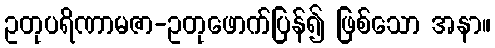
ဥတုပရိဏာမဇာ-ဥတုဖောက်ပြန်၍ ဖြစ်သော အနာ။